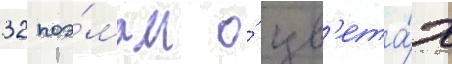
32 поэ́мам о́ цв'ета́х